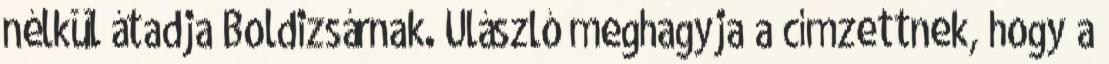
nélkül átadja Boldizsárnak. Ulászló meghagyja a címzettnek, hogy a